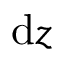
\mathrm { d } z